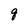
Character: q